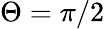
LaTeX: \Theta=\pi/2